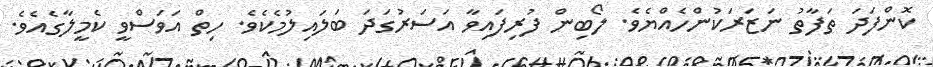
ކޮންފަދަ ތަފާތު ނަޒަރަކުންހެއްޔެވެ. ލޯބިން ފުރިފައިވާ އަސަރުގަދަ ބަލައިލުމެކެވެ. ހިތް އަވަސްވީ ކެމީލާގެއެވެ.